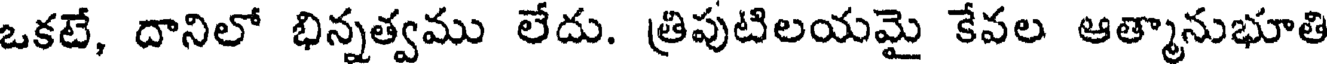
ఒకటే, దానిలో భిన్నత్వము లేదు. త్రిపుటిలయమై కేవల ఆత్మానుభూతి